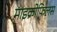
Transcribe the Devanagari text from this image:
माइक्रोफिलस